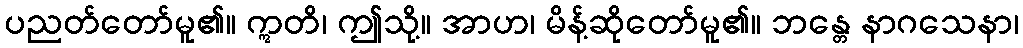
ပညတ်တော်မူ၏။ ဣတိ၊ ဤသို့။ အာဟ၊ မိန့်ဆိုတော်မူ၏။ ဘန္တေ နာဂသေနာ၊